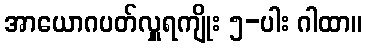
အာယောဂပတ်လှူရကျိုး ၅-ပါး ဂါထာ။